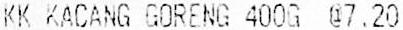
KK KACANG GORENG 400G @7.20